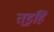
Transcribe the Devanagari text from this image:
तड॒हिं